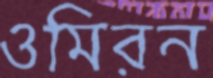
ওমিরন